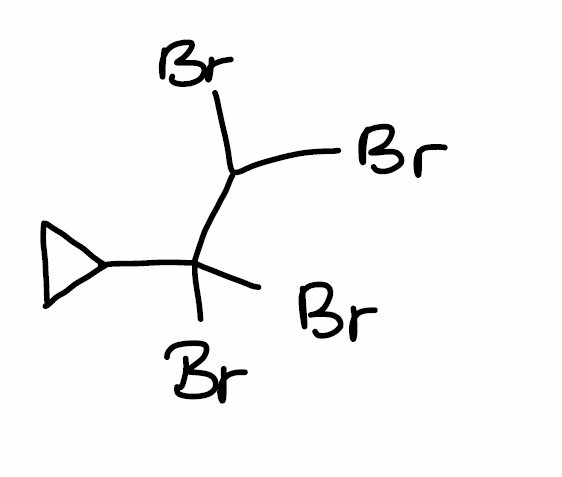
Simplified molecular-input line-entry system (SMILES) notation of the given molecule:
C1CC1C(C(Br)Br)(Br)Br